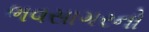
ભવસાગરનો